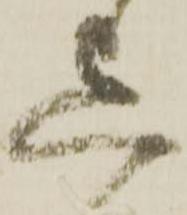
迄